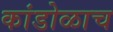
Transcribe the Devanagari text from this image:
कांडोळाच